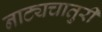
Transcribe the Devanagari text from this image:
नाट्यचातुरी